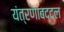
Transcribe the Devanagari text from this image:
यंत्रणांबद्दल